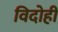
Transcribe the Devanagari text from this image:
विदोही